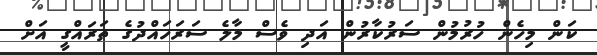
ކަން މިހެން ހުރުމުން ސަރުކާރުން އަދި ވެސް މާލެ ސަރަހައްދުގެ ތަރައްގީ އަށް